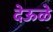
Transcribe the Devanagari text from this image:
देऊळे